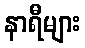
နာရီများ